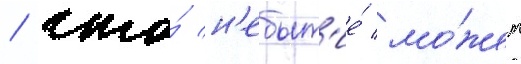
/ что́ н'ебыт'ие́ мо́жет